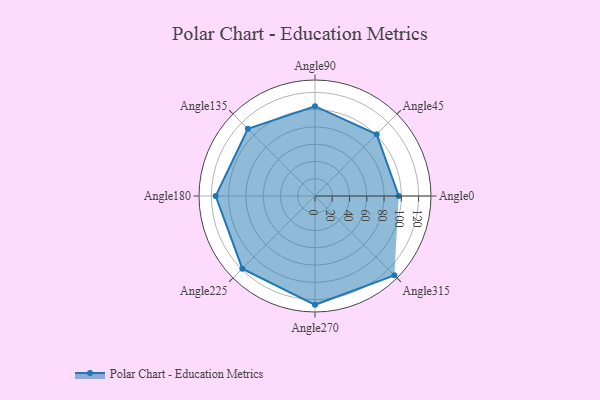
{"axis": {"x": "Angle", "y": "Radius"}, "legend": [""], "data": [{"x": "Angle0", "y": 97.0, "type": ""}, {"x": "Angle45", "y": 101.0, "type": ""}, {"x": "Angle90", "y": 104.0, "type": ""}, {"x": "Angle135", "y": 110.0, "type": ""}, {"x": "Angle180", "y": 115.0, "type": ""}, {"x": "Angle225", "y": 119.0, "type": ""}, {"x": "Angle270", "y": 126.0, "type": ""}, {"x": "Angle315", "y": 130.0, "type": ""}]}